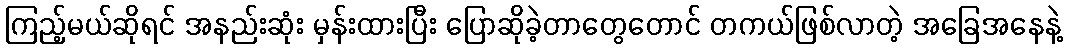
ကြည့်မယ်ဆိုရင် အနည်းဆုံး မှန်းထားပြီး ပြောဆိုခဲ့တာတွေတောင် တကယ်ဖြစ်လာတဲ့ အခြေအနေနဲ့